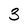
Character: 3